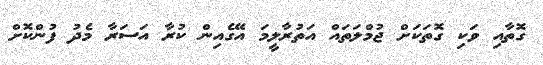
ގޮތާއި ވަކި ގޮތަކަށް ޖުމްލަތައް އަތުރާލީމަ އޭގެއިން ކުރާ އަސަރާ މެދު ފުންކޮށް